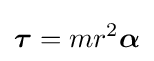
{\boldsymbol {\tau }}=mr^{2}{\boldsymbol {\alpha }}